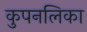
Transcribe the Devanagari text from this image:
कुपनलिका